Report on the bubonic plague in Bombay, 1896-1897
Year: 1896
Disease focus: Plague
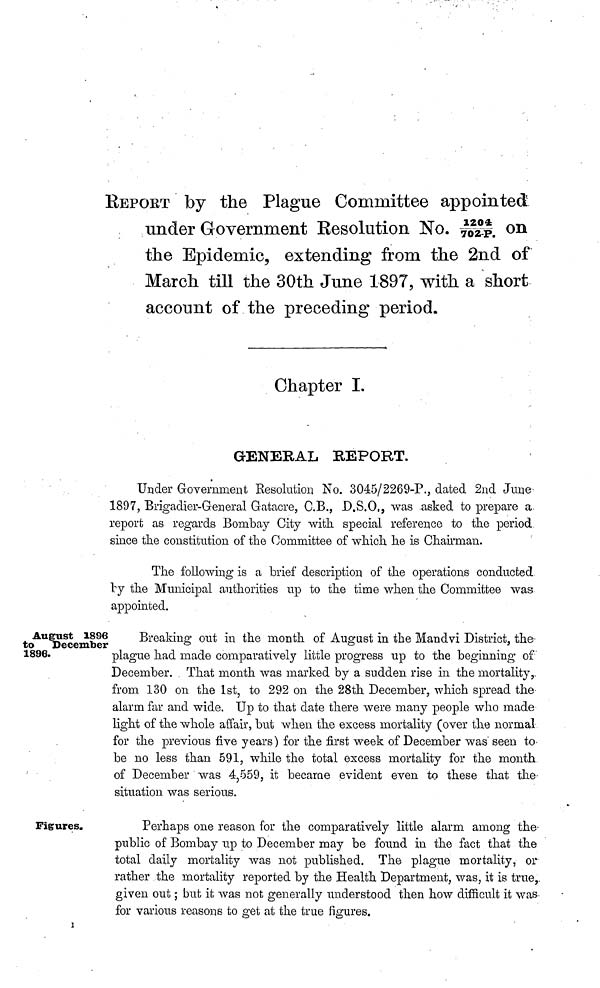
REPORT by the Plague Committee appointed
under Government Resolution No. 1204/702 P. on
the Epidemic, extending from the 2nd of
March till the 30th June 1897, with a short
account of the preceding period.
Chapter I.
GENERAL REPORT.
Under Government Resolution No. 3045/2269-P., dated 2nd June
1897, Brigadier-General Gatacre, C.B., D.S.O., was asked to prepare a.
report as regards Bombay City with, special reference to the period
since the constitution of the Committee of which he is Chairman.
The following is a brief description of the operations conducted
by the Municipal authorities up to the time when the Committee was
appointed.
August 1896
to
December
1896.
Breaking out in the month of August in the Mandvi District, the-
plague had made comparatively little progress up to the beginning of
December. That month was marked by a sudden rise in the mortality,
from 130 on the 1st, to 292 on the 28th December, which spread the
alarm far and wide. Up to that date there were many people who made
light of the whole affair, but when the excess mortality (over the normal
for the previous five years ) for the first week of December was" seen to
be no less than 591, while the total excess mortality for the month
of December was 4,559, it became evident even to these that the-
situation was serious.
Figures.
Perhaps one reason for the comparatively little alarm among the-
public of Bombay up to December may be found in the fact that the
total daily mortality was not published. The plague mortality, or
rather the mortality reported by the Health Department, was, it is true,.
given out ; but it was not generally understood then how difficult it was
for various reasons to get at the true figures.